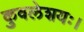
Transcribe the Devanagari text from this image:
कुवलेशयः।